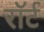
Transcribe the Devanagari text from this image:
रॉर्ट